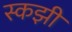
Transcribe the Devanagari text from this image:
स्कझी